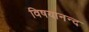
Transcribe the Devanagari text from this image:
विषयानन्द